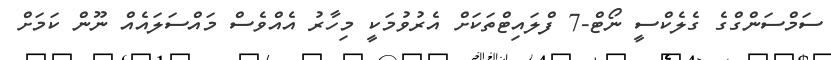
ސަމްސަންގްގެ ގެލެކްސީ ނޯޓް-7 ފްލައިޓްތަކަށް އެރުވުމަކީ މިހާރު އެއްވެސް މައްސަލައެއް ނޫން ކަމަށް